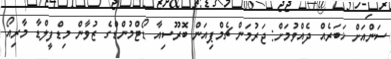
ސަންއަށް ޚަބަރެއް ދެއްވުމަށް: ޖަރުމަން ޗެމްޕިއަން ބޮރޫސިއާ ޑޯޓްމުންޑްގެ ޒުވާން މިޑްފީލްޑާ މާރިއޯ